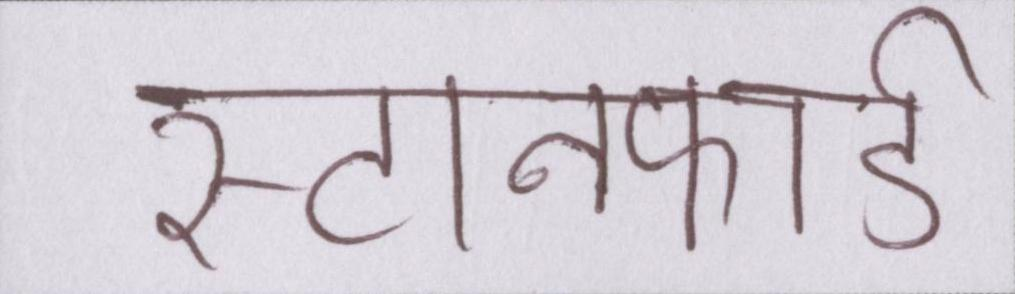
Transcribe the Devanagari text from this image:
स्टानफोर्ड